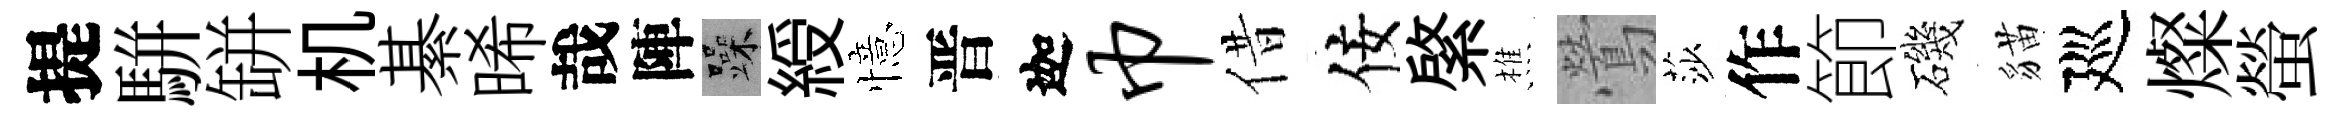
提駢缾机綦晞哉陣躁綬憶晋迦巾借佞綮樵鶯莎作節磯貓廵燦螢